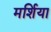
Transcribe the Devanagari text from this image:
मर्शिया